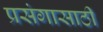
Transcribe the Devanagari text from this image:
प्रसंगासाठी